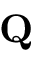
\mathbf { Q }